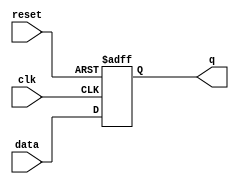
//-----------------------------------------------------
// Design Name : dff_async_reset
// Function    : D flip-flop async reset
// Coder       : Deepak Kumar Tala
//-----------------------------------------------------
module dff_async_reset (
data  , // Data Input
clk    , // Clock Input
reset , // Reset input 
q         // Q output
);
//-----------Input Ports---------------
input data, clk, reset ; 

//-----------Output Ports---------------
output q;

//------------Internal Variables--------
reg q;

//-------------Code Starts Here---------
always @ ( posedge clk or negedge reset)
if (~reset) begin
  q <= 1'b0;
end  else begin
  q <= data;
end

endmodule //End Of Module dff_async_reset